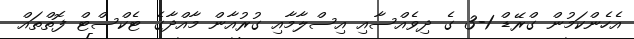
އެހެންކަމުން ގްރޭޑް 1-3 ގެ ދިވެއްސާއި އިސްލާމާއި ގުރުއާން މާއްދާގެ ޓެކްސްޓް ފޮތްތައް